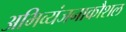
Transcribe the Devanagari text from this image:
अभिव्यंजनाकौशल